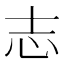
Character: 志